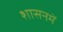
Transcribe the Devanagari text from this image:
शासनमें